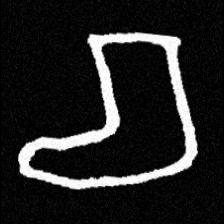
Pyu character \u2014 Myanmar letter: စ (romanized: ca)